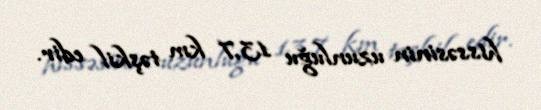
hissəsinin uzunluğu 13,7 km təşkil edir.